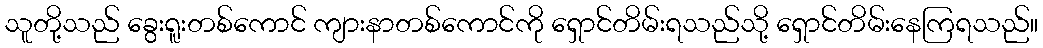
သူတို့သည် ခွေးရူးတစ်ကောင် ကျားနာတစ်ကောင်ကို ရှောင်တိမ်းရသည်သို့ ရှောင်တိမ်းနေကြရသည်။